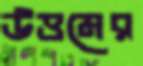
উত্তমের